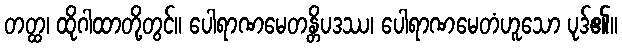
တတ္ထ၊ ထိုဂါထာတို့တွင်။ ပေါရာဏမေတန္တိပဒဿ၊ ပေါရာဏမေတံဟူသော ပုဒ်၏။